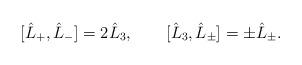
LaTeX: \begin{align*}[\hat L_+, \hat L_-] = 2 \hat L_3, \qquad [\hat L_3,\hat L_\pm] = \pm \hat L_\pm.\end{align*}